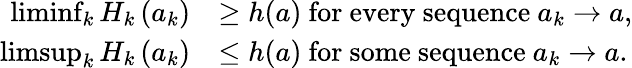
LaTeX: \begin{array}{rl}{\operatorname*{liminf}_{k}H_{k}\left(a_{k}\right)}&{\geq h(a)\mathrm{~for~every~sequence~}a_{k}\rightarrow a,}\\ {\operatorname*{limsup}_{k}H_{k}\left(a_{k}\right)}&{\leq h(a)\mathrm{~for~some~sequence~}a_{k}\rightarrow a.}\end{array}